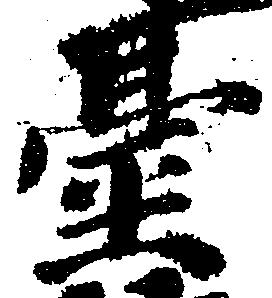
台